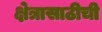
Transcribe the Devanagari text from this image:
क्षेत्रासाठीची